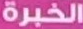
الخبرة